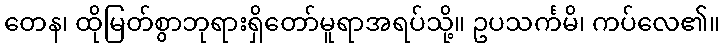
တေန၊ ထိုမြတ်စွာဘုရားရှိတော်မူရာအရပ်သို့။ ဥပသင်္ကမိ၊ ကပ်လေ၏။